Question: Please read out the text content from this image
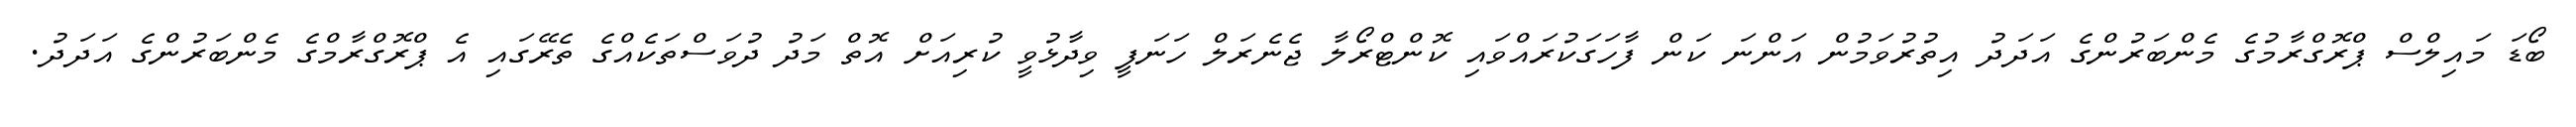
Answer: ބޯޑަ މައިލްސް ޕްރޮގްރާމުގެ މެންބަރުންގެ އަދަދު އިތުރުވަމުން އަންނަ ކަން ފާހަގަކުރައްވައި ކޮންޓްރޯލާ ޖެނެރަލް ހަނަފީ ވިދާޅުވީ ކުރިއަށް އޮތް މަދު ދުވަސްތަކެއްގެ ތެރޭގައި އެ ޕްރޮގްރާމްގެ މެންބަރުންގެ އަދަދު.